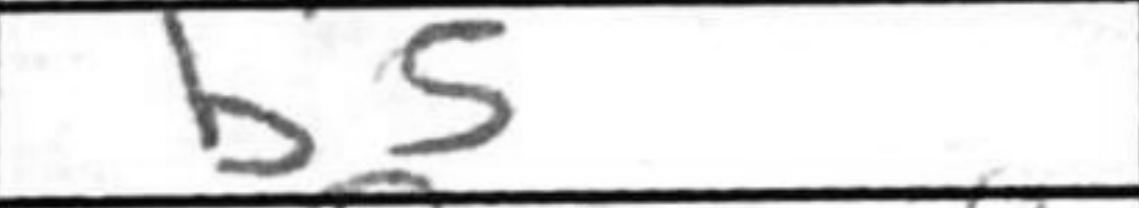
Transcription: b5